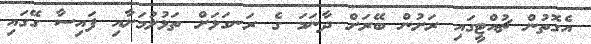
އެގޮތުން ޗުއްޓީގައި ރަށުން ބޭރަށް ދާނަމަ ގެ ރަނގަޅަށް ތަޅުލުމަށާއި ފައިސާ ގޭގައި